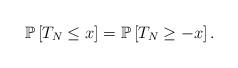
LaTeX: \begin{align*}\mathbb P \left[T_N\le x \right]=\mathbb P \left[T_N\ge -x \right].\end{align*}